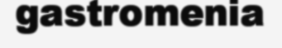
gastromenia